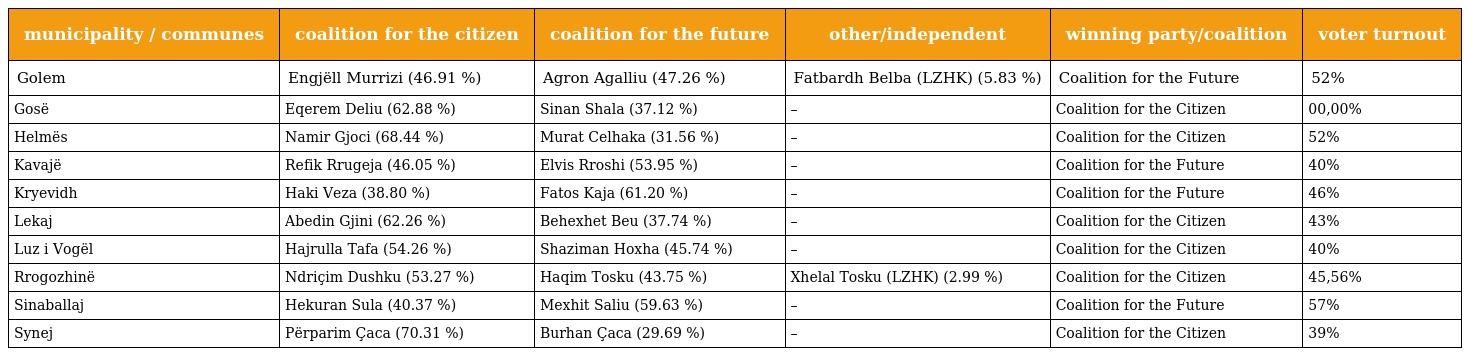
| municipality / communes | coalition for the citizen | coalition for the future | other/independent | winning party/coalition | voter turnout |
 | --- | --- | --- | --- | --- | --- |
 | Golem | Engjëll Murrizi (46.91 %) | Agron Agalliu (47.26 %) | Fatbardh Belba (LZHK) (5.83 %) | Coalition for the Future | 52% |
 | Gosë | Eqerem Deliu (62.88 %) | Sinan Shala (37.12 %) | – | Coalition for the Citizen | 00,00% |
 | Helmës | Namir Gjoci (68.44 %) | Murat Celhaka (31.56 %) | – | Coalition for the Citizen | 52% |
 | Kavajë | Refik Rrugeja (46.05 %) | Elvis Rroshi (53.95 %) | – | Coalition for the Future | 40% |
 | Kryevidh | Haki Veza (38.80 %) | Fatos Kaja (61.20 %) | – | Coalition for the Future | 46% |
 | Lekaj | Abedin Gjini (62.26 %) | Behexhet Beu (37.74 %) | – | Coalition for the Citizen | 43% |
 | Luz i Vogël | Hajrulla Tafa (54.26 %) | Shaziman Hoxha (45.74 %) | – | Coalition for the Citizen | 40% |
 | Rrogozhinë | Ndriçim Dushku (53.27 %) | Haqim Tosku (43.75 %) | Xhelal Tosku (LZHK) (2.99 %) | Coalition for the Citizen | 45,56% |
 | Sinaballaj | Hekuran Sula (40.37 %) | Mexhit Saliu (59.63 %) | – | Coalition for the Future | 57% |
 | Synej | Përparim Çaca (70.31 %) | Burhan Çaca (29.69 %) | – | Coalition for the Citizen | 39% |